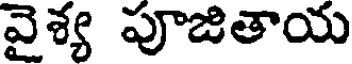
వైశ్య పూజితాయ